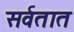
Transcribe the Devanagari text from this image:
सर्वतात